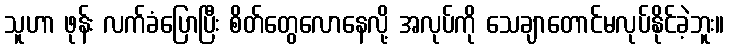
သူဟာ ဖုန်း လက်ခံပြောပြီး စိတ်တွေလောနေလို့ အလုပ်ကို သေချာတောင်မလုပ်နိုင်ခဲ့ဘူး။